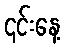
၎င်းနေ့